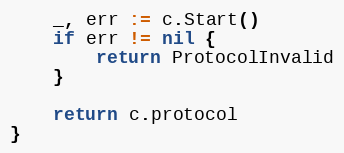
Language: Go
	_, err := c.Start()
	if err != nil {
		return ProtocolInvalid
	}

	return c.protocol
}